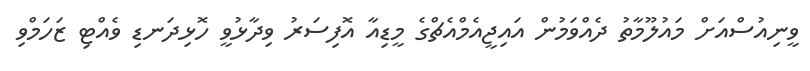
ވީނިއުސްއަށް މައުލޫމާތު ދެއްވަމުން އައިޖީއެމްއެޗްގެ މީޑިއާ އޮފިސަރު ވިދާޅުވީ ހޮޅިދަނޑި ވެއްޓި ޒަހަމްވި